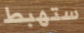
ستهبط